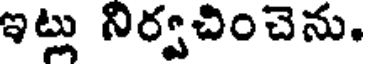
ఇట్లు నిర్వచించెను.